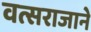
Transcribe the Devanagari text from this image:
वत्सराजाने